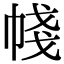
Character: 帴